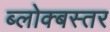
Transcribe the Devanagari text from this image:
ब्लोक्बस्तर